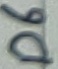
Text: D6